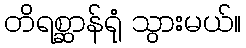
တိရစ္ဆာန်ရုံ သွားမယ်။